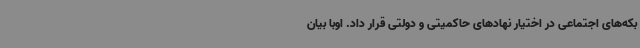
بکه‌های اجتماعی در اختیار نهادهای حاکمیتی و دولتی قرار داد. اوبا بیان